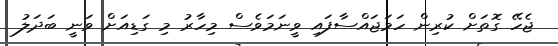
ޖެހޭ ގޮތަށް ކުރިން ހަމަޖައްސާފައި ވީނަމަވެސް މިހާރު މި ގަޑިއަށް ވަނީ ބަދަލު